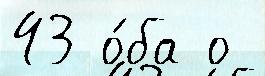
43 о́ба о